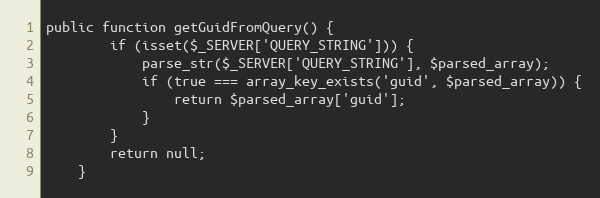
Language: PHP
public function getGuidFromQuery() {
        if (isset($_SERVER['QUERY_STRING'])) {
            parse_str($_SERVER['QUERY_STRING'], $parsed_array);
            if (true === array_key_exists('guid', $parsed_array)) {
                return $parsed_array['guid'];
            }
        }
        return null;
    }